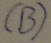
Text: (B)